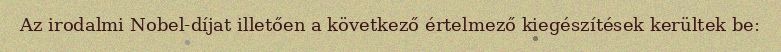
Az irodalmi Nobel-díjat illetően a következő értelmező kiegészítések kerültek be: